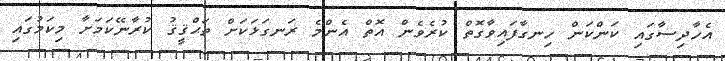
އެހާދިސާގައި ކަންކަން ހިނގާފައިވާގޮތް ކުރެވެން އޮތް އެންމެ ރަނގަޅަކަށް ތަޙްޤީޤު ކުރާނޭކަމަށާ މިކަމުގައި